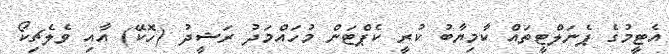
އެޓީމުގެ ޕެނަލްޓީތައް ކާމިޔާބު ކުރީ ކެޕްޓަން މުހައްމަދު ރަޝީދު (ހޮކޭ) އާއި ވެލެޗިކޯ